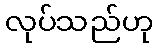
လုပ်သည်ဟု